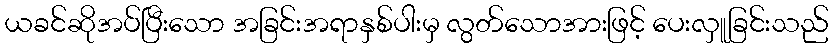
ယခင်ဆိုအပ်ပြီးသော အခြင်းအရာနှစ်ပါးမှ လွတ်သောအားဖြင့် ပေးလှူခြင်းသည်